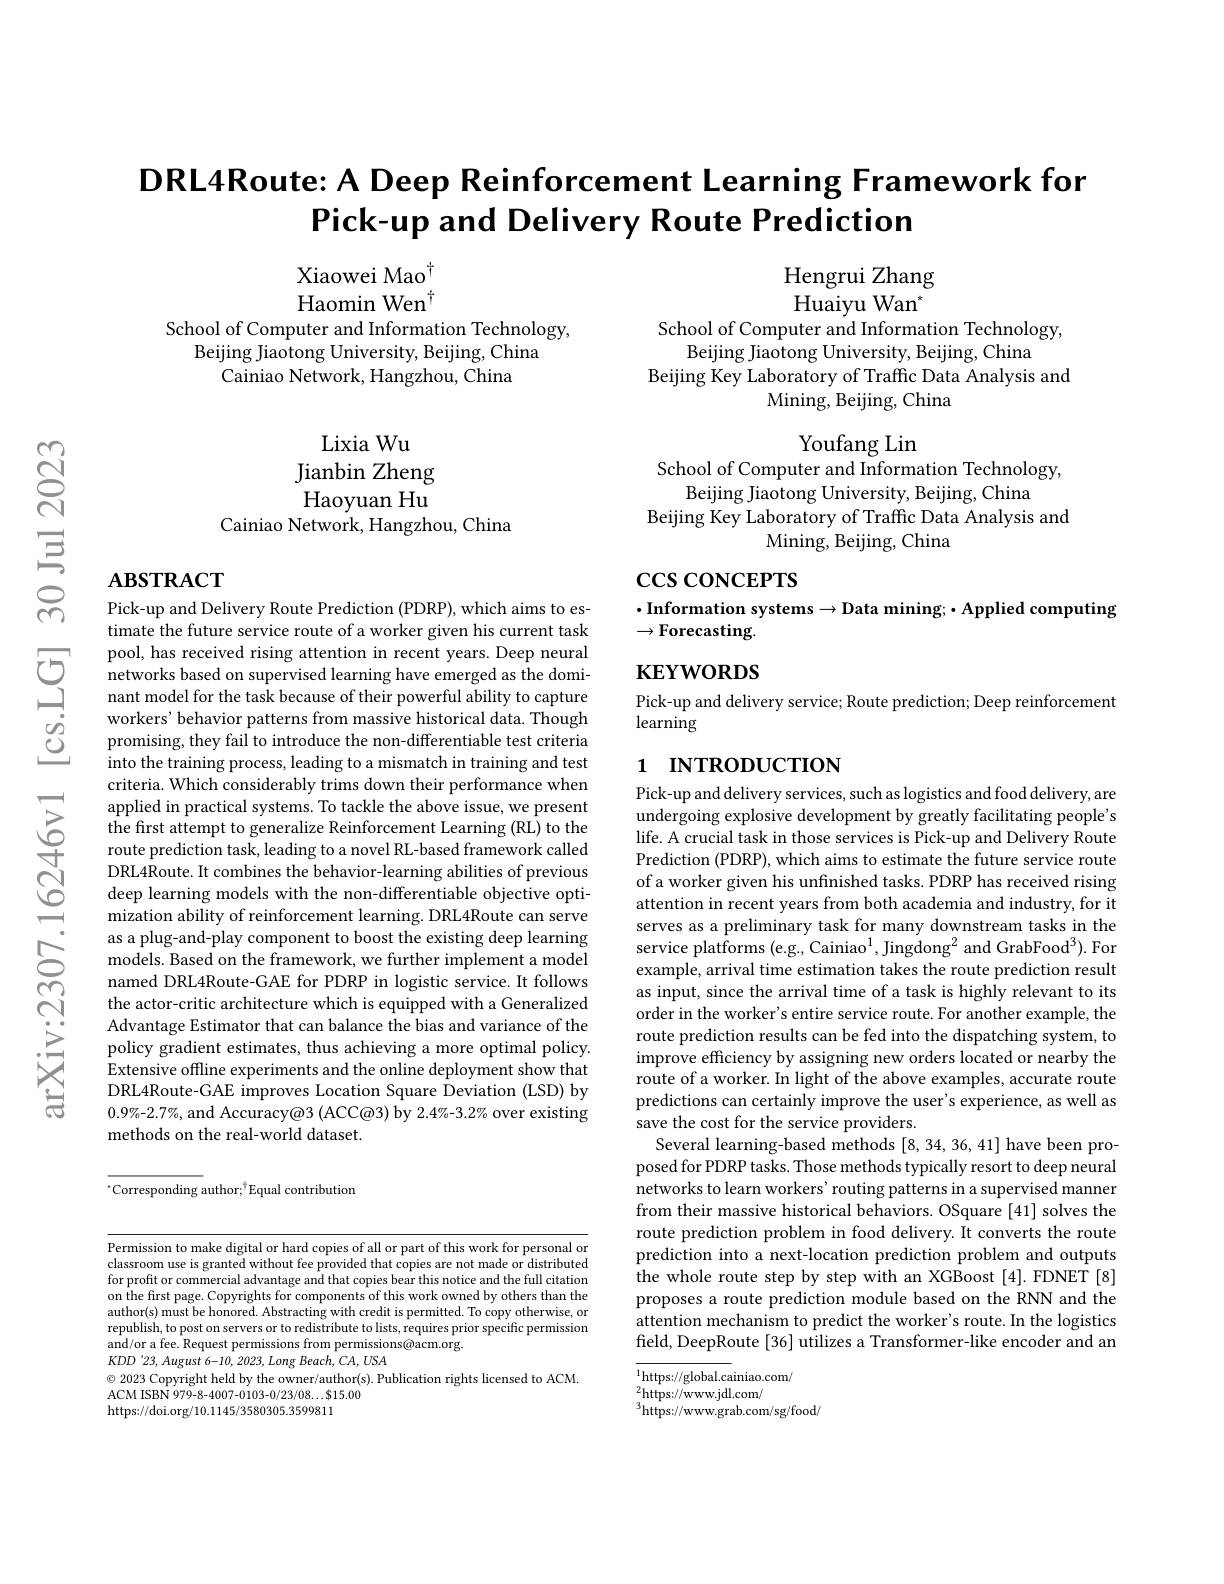
DRL4Route: A Deep Reinforcement Learning Framework for
Pick-up and Delivery Route Prediction

Xiaowei Mao$^{\dagger}$ Haomin Wen$^{\dagger}$

Hengrui Zhang Huaiyu Wan$^*$

School of Computer and Information Technology,
Beijing Jiaotong University, Beijing, China
Cainiao Network, Hangzhou, China

School of Computer and Information Technology,
Beijing Jiaotong University, Beijing, China
Beijing Key Laboratory of Traffic Data Analysis and
Mining, Beijing, China

Youfang Lin
School of Computer and Information Technology,

Lixia Wu
Jianbin Zheng Haoyuan Hu
Cainiao Network, Hangzhou, China

$\hat{\text{Beijing Jiaotong University, Beijing, China}}$
Beijing Key Laboratory of Traffic Data Analysis and
Mining, Beijing, China

### $\mathbf{ABSTRACT}$

$\csc\cos$coNCEPTS

$\cdot$Information systems$\to$Data mining;$\bullet$Applied computing
# $\to{\mathrm{Forecasting}}.$

$\mathbf{KEYWORDS}$

Pick-up and delivery service; Route prediction; Deep reinforcement
learning

## 1 INTRODUCTION

Pick-up and Delivery Route Prediction (PDRP), which aims to estimate the future service route of a worker given his current task pool, has received rising attention in recent years. Deep neural networks based on supervised learning have emerged as the dominant model for the task because of their powerful ability to capture workers' behavior patterns from massive historical data. Though promising, they fail to introduce the non-differentiable test criteria into the training process, leading to a mismatch in training and test criteria. Which considerably trims down their performance when applied in practical systems. To tackle the above issue, we present the first attempt to generalize Reinforcement Learning (RL) to the route prediction task, leading to a novel RL-based framework called DRL4Route. It combines the behavior-learning abilities of previous deep learning models with the non-differentiable objective optimization ability of reinforcement learning. DRL4Route can serve as a plug-and-play component to boost the existing deep learning models. Based on the framework, we further implement a model named DRL4Route-GAE for PDRP in logistic service. It follows the actor-critic architecture which is equipped with a Generalized Advantage Estimator that can balance the bias and variance of the policy gradient estimates, thus achieving a more optimal policy. Extensive offline experiments and the online deployment show that DRL4Route-GAE improves Location Square Deviation (LSD) by $$0.9\%-2.7\%$, and Accuracy@3 (ACC@3) by 2.4%-3.2%$ over existing methods on the real-world dataset.

Pick-up and delivery services, such as logistics and food delivery, are undergoing explosive development by greatly facilitating people's life. A crucial task in those services is Pick-up and Delivery Route Prediction (PDRP), which aims to estimate the future service route of a worker given his unfinished tasks. PDRP has received rising attention in recent years from both academia and industry, for it serves as a preliminary task for many downstream tasks in the service platforms (e.g., Cainiao$^1$,Jingdong$^2$ and GrabFood$^3).$ For example, arrival time estimation takes the route prediction result as input, since the arrival time of a task is highly relevant to its order in the worker's entire service route. For another example, the route prediction results can be fed into the dispatching system, to improve efficiency by assigning new orders located or nearby the route of a worker. In light of the above examples, accurate route predictions can certainly improve the user's experience, as well as save the cost for the service providers.
Several learning-based methods [8,34,36,41] have been proposed for PDRP tasks. Those methods typically resort to deep neural networks to learn workers' routing patterns in a supervised manner from their massive historical behaviors. OSquare [41] solves the route prediction problem in food delivery. It converts the route prediction into a next-location prediction problem and outputs the whole route step by step with an XGBoost [4]. FDNET [8] proposes a route prediction module based on the RNN and the attention mechanism to predict the worker's route. In the logistics field, DeepRoute [36] utilizes a Transformer-like encoder and an

$^{*}$Corresponding author;$^\uparrow$Equal contribution

Permission to make digital or hard copies of all or part of this work for personal or classroom use is granted without fee provided that copies are not made or distributed for profit or commercial advantage and that copies bear this notice and the full citation on the first page. Copyrights for components of this work owned by others than the author(s) must be honored. Abstracting with credit is permitted. To copy otherwise, or republish, to post on servers or to redistribute to lists, requires prior specific permission and/or a fee. Request permissions from permissions@acm.org.
$KDD^{\prime }23, August$ $6- 10, 2023, Long$ $Beach, CA, USA$
$\textcircled{\circ}$ 2023 Copyright held by the owner/author(s). Publication rights licensed to ACM.
ACM ISBN 979-8-4007-0103-0/23/08...$15.00
https://doi.org/10.1145/3580305.3599811

$^{1}$https://global.cainiao.com/
${}_{2}^{2}{\mathrm{https://www.jdl.com/}}$
$^{3}$https://www.grab.com/sg/food/